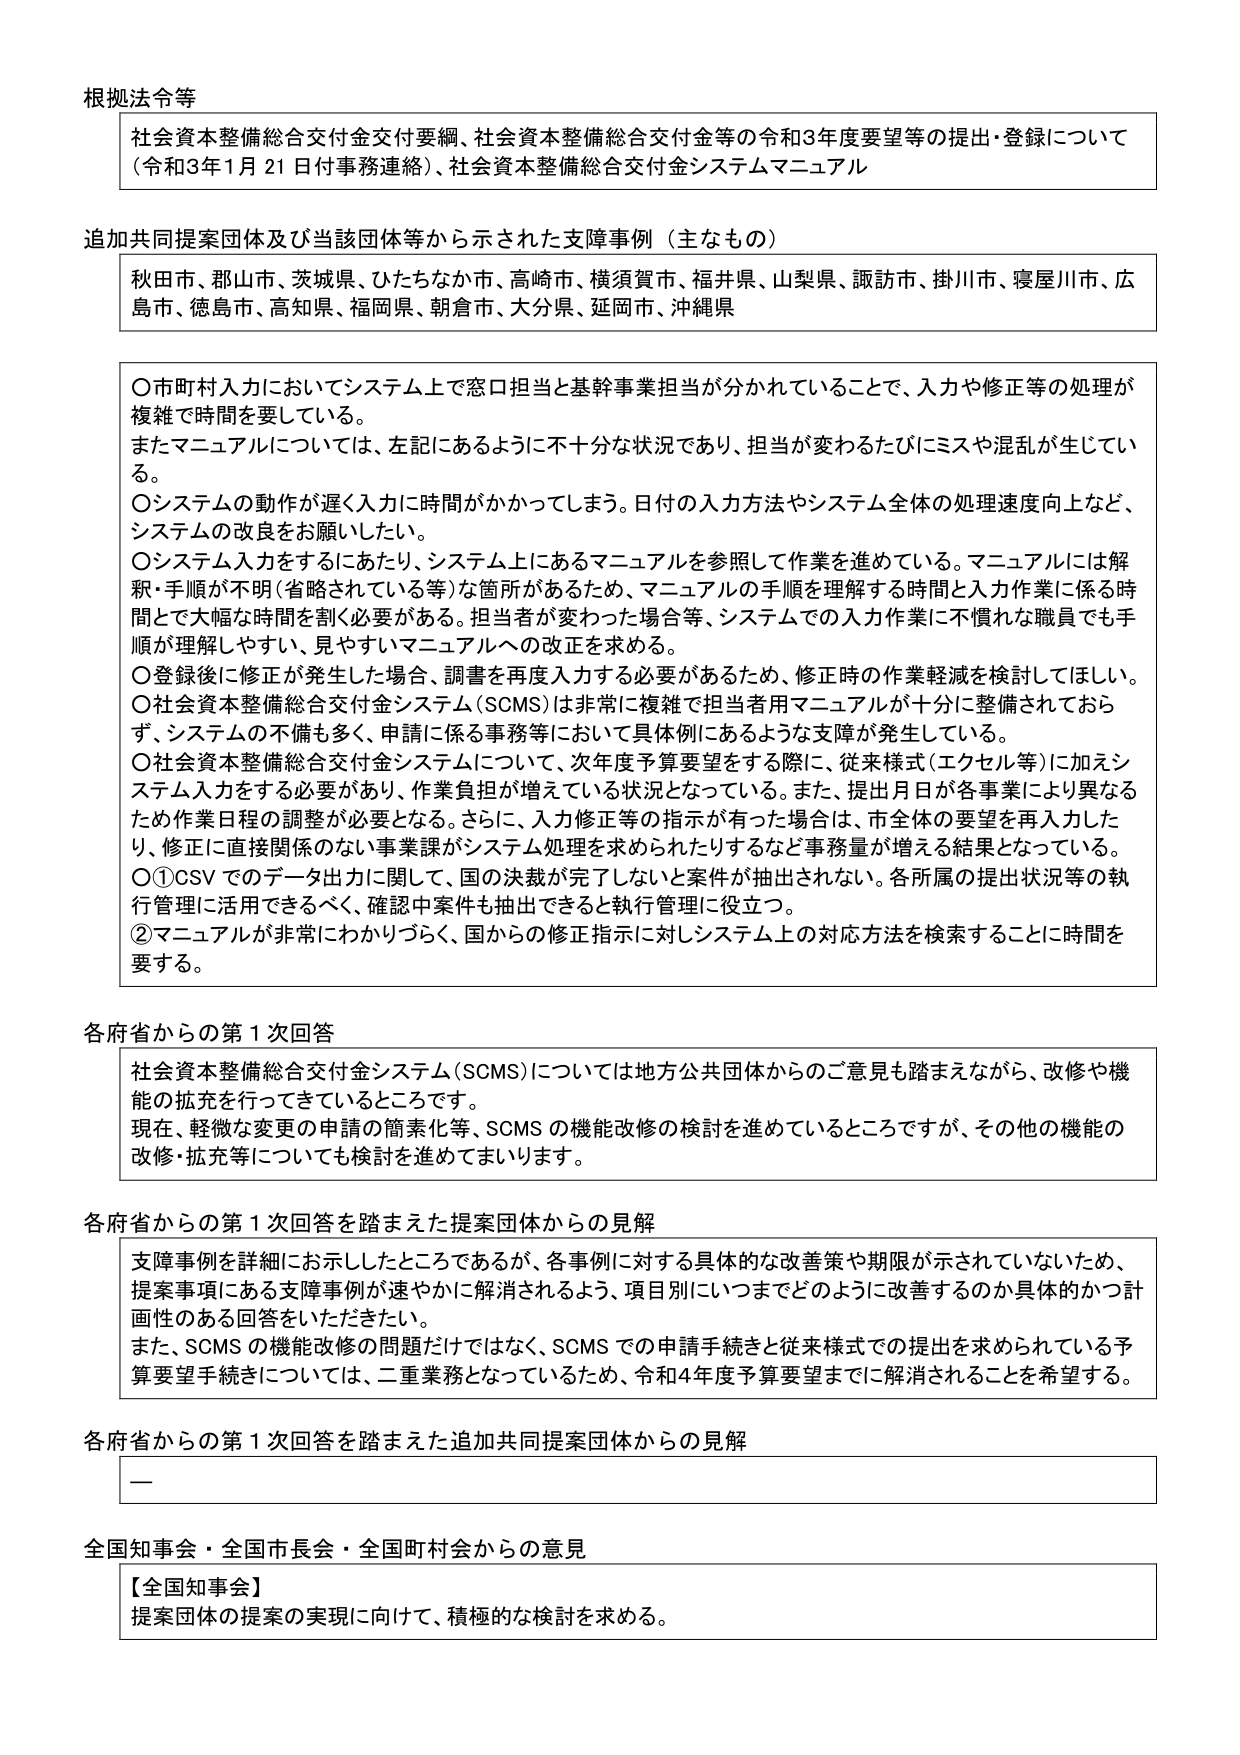
根拠法令等
社会資本整備総合交付金交付要綱、社会資本整備総合交付金等の令和3年度要望等の提出・登録について
（令和3年1月21日付事務連絡）、社会資本整備総合交付金システムマニュアル

追加共同提案団体及び当該団体等から示された支障事例（主なもの）
秋田市、郡山市、茨城県、ひたちなか市、高崎市、横須賀市、福井県、山梨県、諏訪市、掛川市、寝屋川市、広島市、徳島市、高知県、福岡県、朝倉市、大分県、延岡市、沖縄県

○市町村入力においてシステム上で窓口担当と基幹事業担当が分かれていることで、入力や修正等の処理が複雑で時間を要している。
またマニュアルについては、左記にあるように不十分な状況であり、担当が変わるたびにミスや混乱が生じている。
○システムの動作が遅く入力に時間がかかってしまう。日付の入力方法やシステム全体の処理速度向上など、システムの改良をお願いしたい。
○システム入力をするにあたり、システム上にあるマニュアルを参照して作業を進めている。マニュアルには解釈・手順が不明（省略されている等）な箇所があるため、マニュアルの手順を理解する時間と入力作業に係る時間とで大幅な時間を割く必要がある。担当者が変わった場合等、システムでの入力作業に不慣れな職員でも手順が理解しやすい、見やすいマニュアルへの改正を求める。
○登録後に修正が発生した場合、調書を再度入力する必要があるため、修正時の作業軽減を検討してほしい。
○社会資本整備総合交付金システム（SCMS）は非常に複雑で担当者用マニュアルが十分に整備されておらず、システムの不備も多く、申請に係る事務等において具体的にあるような支障が発生している。
○社会資本整備総合交付金システムについて、次年度予算要望をする際に、従来様式（エクセル等）に加えシステム入力をする必要があり、作業負担が増えている状況となっている。また、提出月日が各事業により異なるため作業日程の調整が必要となる。さらに、入力修正等の指示が有った場合は、市全体の要望を再入力したり、修正に直接関係のない事業課がシステム処理を求められたりするなど事務量が増える結果となっている。
○①CSVでのデータ出力に関して、国の決裁が完了しないと案件が抽出されない。各所属の提出状況等の執行管理に活用できるべく、確認中案件も抽出できると執行管理に役立つ。
②マニュアルが非常にわかりづらく、国からの修正指示に対しシステム上の対応方法を検索することに時間を要する。

各府省からの第1次回答
社会資本整備総合交付金システム（SCMS）については地方公共団体からのご意見も踏まえながら、改修や機能の拡充を行ってきているところです。
現在、軽微な変更の申請の簡素化等、SCMSの機能改修の検討を進めているところですが、その他の機能の改修・拡充等についても検討を進めてまいります。

各府省からの第1次回答を踏まえた提案団体からの見解
支障事例を詳細にお示ししたところであるが、各事例に対する具体的な改善策や期限が示されていないため、提案事項にある支障事例が速やかに解消されるよう、項目別にいつまでどのように改善するのか具体的かつ計画性のある回答をいただきたい。
また、SCMSの機能改修の問題だけではなく、SCMSでの申請手続きと従来様式での提出を求められている予算要望手続きについては、二重業務となっているため、令和4年度予算要望までに解消されることを希望する。

各府省からの第1次回答を踏まえた追加共同提案団体からの見解
—

全国知事会・全国市長会・全国町村会からの意見
【全国知事会】
提案団体の提案の実現に向けて、積極的な検討を求める。